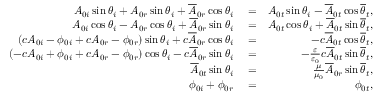
\begin{array} { r l r } { A _ { 0 i } \sin \theta _ { i } + A _ { 0 r } \sin \theta _ { i } + \overline { { A } } _ { 0 r } \cos \theta _ { i } } & { { } = } & { A _ { 0 t } \sin \theta _ { i } - \overline { { A } } _ { 0 t } \cos \overline { { \theta } } _ { t } , } \\ { A _ { 0 i } \cos \theta _ { i } - A _ { 0 r } \cos \theta _ { i } + \overline { { A } } _ { 0 r } \sin \theta _ { i } } & { { } = } & { A _ { 0 t } \cos \theta _ { i } + \overline { { A } } _ { 0 t } \sin \overline { { \theta } } _ { t } , } \\ { \left( c A _ { 0 i } - \phi _ { 0 i } + c A _ { 0 r } - \phi _ { 0 r } \right) \sin \theta _ { i } + c \overline { { A } } _ { 0 r } \cos \theta _ { i } } & { { } = } & { - c \overline { { A } } _ { 0 t } \cos \overline { { \theta } } _ { t } , } \\ { \left( - c A _ { 0 i } + \phi _ { 0 i } + c A _ { 0 r } - \phi _ { 0 r } \right) \cos \theta _ { i } - c \overline { { A } } _ { 0 r } \sin \theta _ { i } } & { { } = } & { - \frac { \varepsilon } { \varepsilon _ { 0 } } c \overline { { A } } _ { 0 t } \sin \overline { { \theta } } _ { t } , } \\ { \overline { { A } } _ { 0 t } \sin \theta _ { i } } & { { } = } & { \frac { \mu } { \mu _ { 0 } } \overline { { A } } _ { 0 r } \sin \overline { { \theta } } _ { t } , } \\ { \phi _ { 0 i } + \phi _ { 0 r } } & { { } = } & { \phi _ { 0 t } , } \end{array}